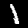
Label: 1